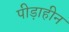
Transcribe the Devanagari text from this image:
पीड़ाहीन